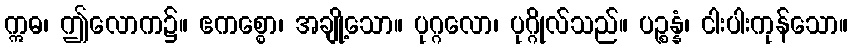
ဣဓ၊ ဤလောက၌။ ဧကစ္စော၊ အချို့သော။ ပုဂ္ဂလော၊ ပုဂ္ဂိုလ်သည်။ ပဉ္စန္နံ၊ ငါးပါးကုန်သော။